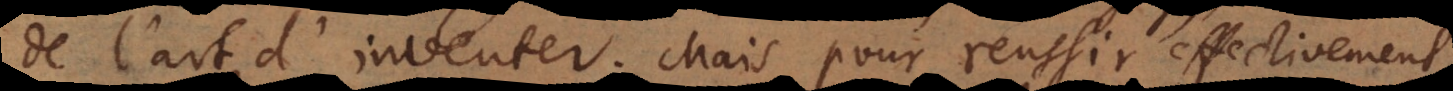
de l’art d’inventer. Mais pour reussir effectivement